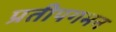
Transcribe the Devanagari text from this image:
प्रतीपगमन